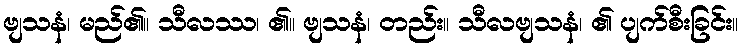
ဗျသနံ၊ မည်၏။ သီလဿ၊ ၏။ ဗျသနံ၊ တည်း။ သီလဗျသနံ၊ ၏ ပျက်စီးခြင်း။